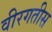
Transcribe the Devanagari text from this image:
वीरगतीस